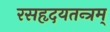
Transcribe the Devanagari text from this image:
रसहृदयतन्त्रम्